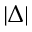
| \Delta |